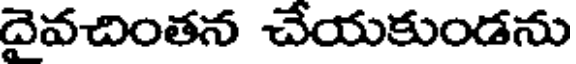
దైవచింతన చేయకుండను